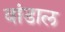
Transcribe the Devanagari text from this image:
वांडाल